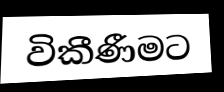
විකීණීමට